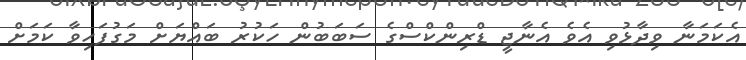
އެކަމަނާ ވިދާޅުވި އެވެ އެނާޖީ ޑްރިންކްސްގެ ސަބަބުން ހަކުރު ބައްޔަށް މަގުފަހިވާ ކަމަށް